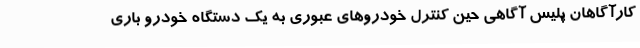
کارآگاهان پلیس آگاهی حین کنترل خودروهای عبوری به یک دستگاه خودرو باری